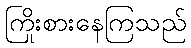
ကြိုးစားနေကြသည်